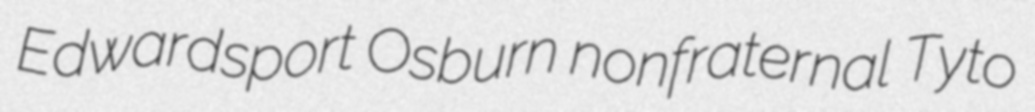
Edwardsport Osburn nonfraternal Tyto